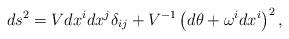
LaTeX: \begin{align*}ds^2=V dx^i dx^j\delta_{ij}+V^{-1}\left(d\theta+\omega^i dx^i\right)^2 ,\end{align*}